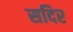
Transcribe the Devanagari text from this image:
सदिर